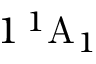
1 \, ^ { 1 } \mathrm { A } _ { 1 }